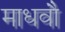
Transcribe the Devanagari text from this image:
माधवौ